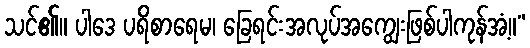
သင်၏။ ပါဒေ ပရိစာရေမ၊ ခြေရင်းအလုပ်အကျွေးဖြစ်ပါကုန်အံ့။”